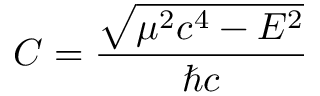
C = { \frac { \sqrt { \mu ^ { 2 } c ^ { 4 } - E ^ { 2 } } } { \hbar c } }